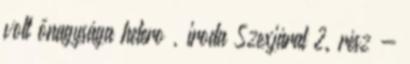
volt őnagysága hetero , iroda Szexjárat 2. rész -